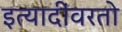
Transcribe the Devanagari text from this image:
इत्यादींवरतो